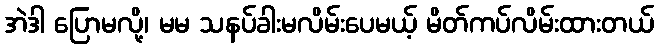
အဲဒါ ပြောမလို့၊ မမ သနပ်ခါးမလိမ်းပေမယ့် မိတ်ကပ်လိမ်းထားတယ်